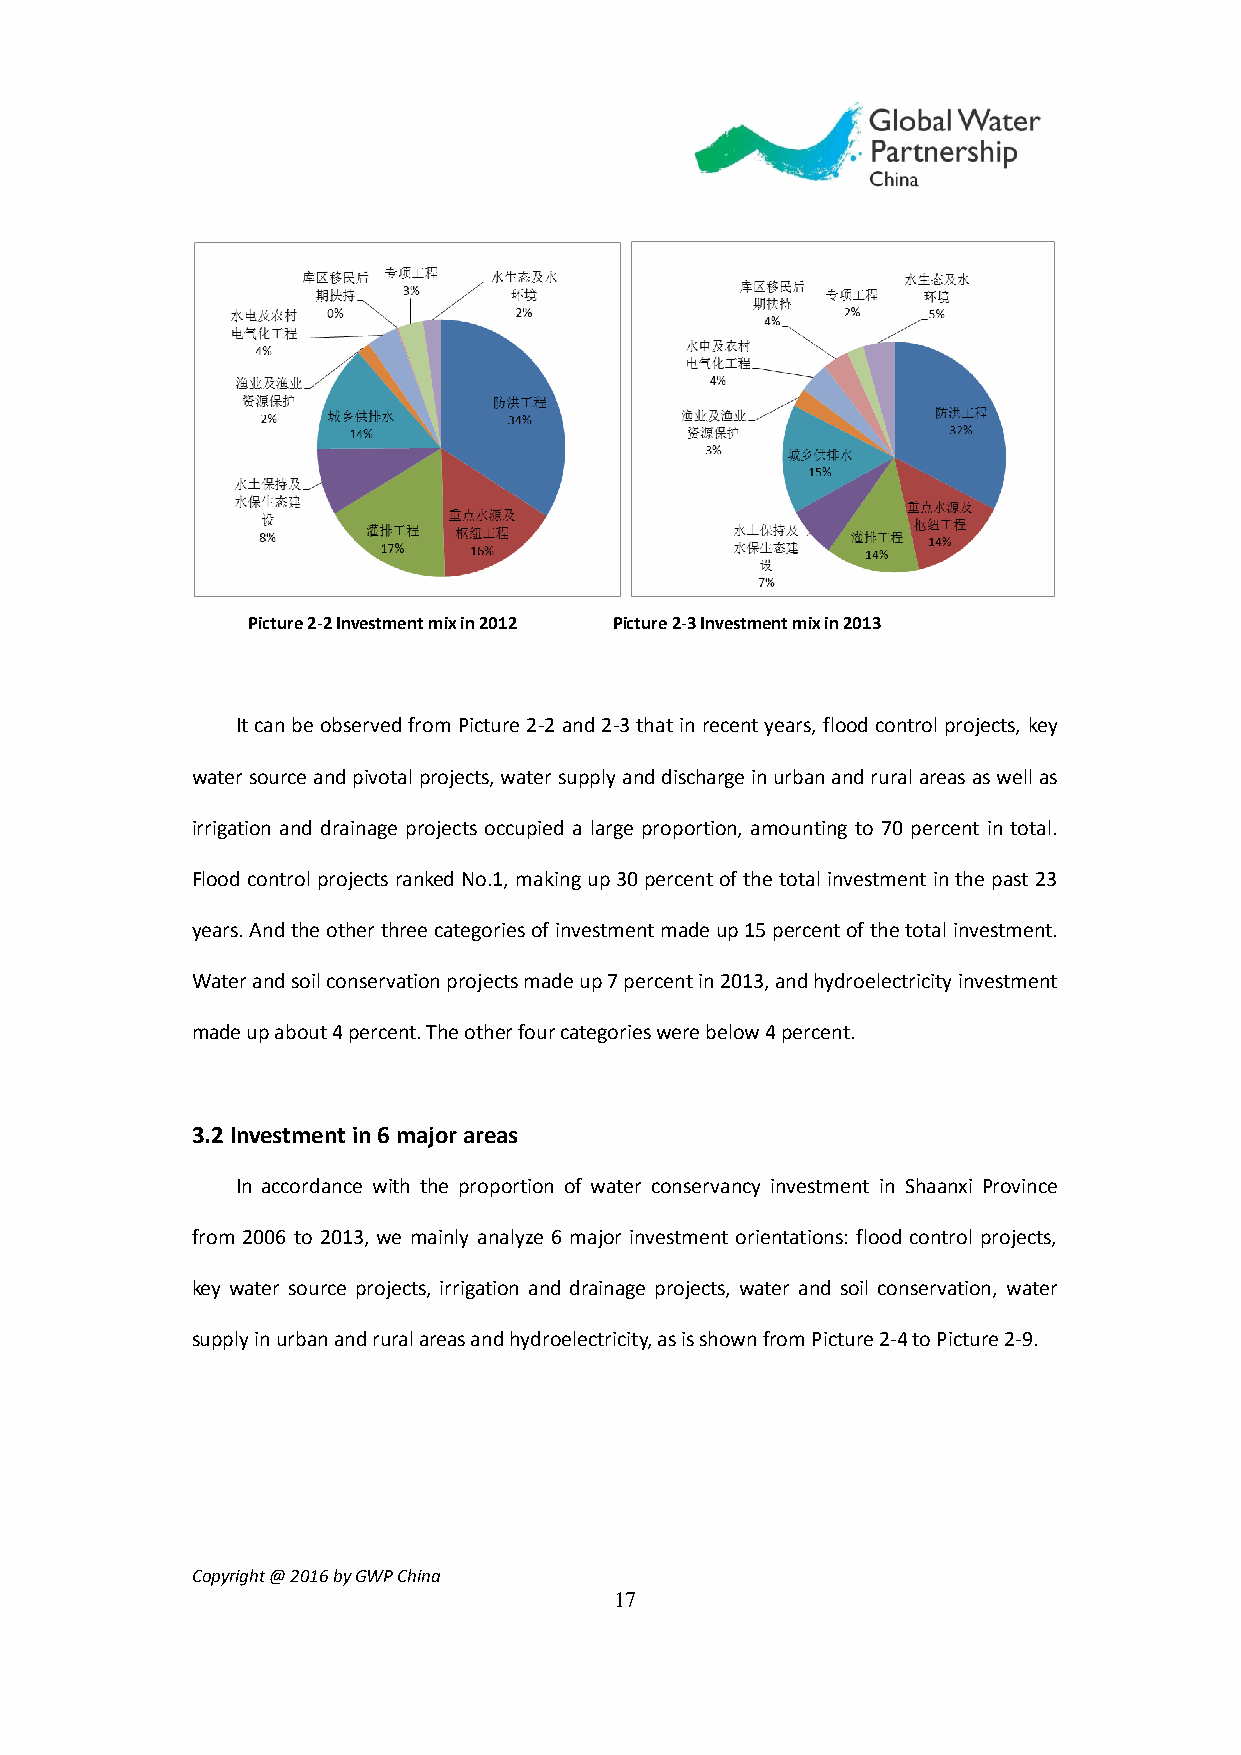
Picture 2-2 Investment mix in 2012 Picture 2-3 Investment mix in 2013
 It can be observed from Picture 2-2 and 2-3 that in recent years, flood control projects, key
 water source and pivotal projects, water supply and discharge in urban and rural areas as well as
 irrigation and drainage projects occupied a large proportion, amounting to 70 percent in total.
 Flood control projects ranked No.1, making up 30 percent of the total investment in the past 23
 years. And the other three categories of investment made up 15 percent of the total investment.
 Water and soil conservation projects made up 7 percent in 2013, and hydroelectricity investment
 made up about 4 percent. The other four categories were below 4 percent.
 3.2 Investment in 6 major areas
 In accordance with the proportion of water conservancy investment in Shaanxi Province
 from 2006 to 2013, we mainly analyze 6 major investment orientations: flood control projects,
 key water source projects, irrigation and drainage projects, water and soil conservation, water
 supply in urban and rural areas and hydroelectricity, as is shown from Picture 2-4 to Picture 2-9.
 Copyright @ 2016 by GWP China
 17